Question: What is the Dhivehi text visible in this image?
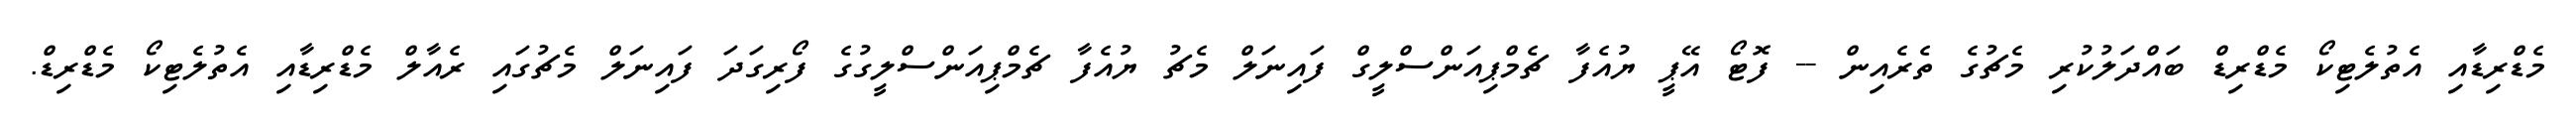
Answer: މެޑްރިޑާއި އެތުލެޓިކޯ މެޑްރިޑް ބައްދަލުކުރި މެޗުގެ ތެރެއިން -- ފޮޓޯ އޭޕީ ޔުއެފާ ޗެމްޕިއަންސްލީގް ފައިނަލް މެޗު ޔުއެފާ ޗެމްޕިއަންސްލީގުގެ ފޯރިގަދަ ފައިނަލް މެޗުގައި ރެއާލް މެޑްރިޑާއި އެތުލެޓިކޯ މެޑްރިޑް.